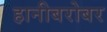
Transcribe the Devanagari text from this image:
हानीबरोबर